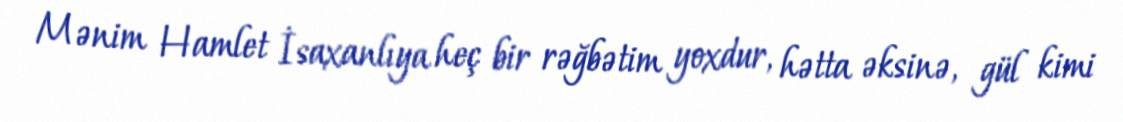
Mənim Hamlet İsaxanlıya heç bir rəğbətim yoxdur, hətta əksinə, gül kimi